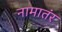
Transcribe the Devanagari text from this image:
नामातंर